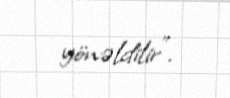
yönəldilir”.